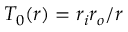
T _ { 0 } ( r ) = r _ { i } r _ { o } / r